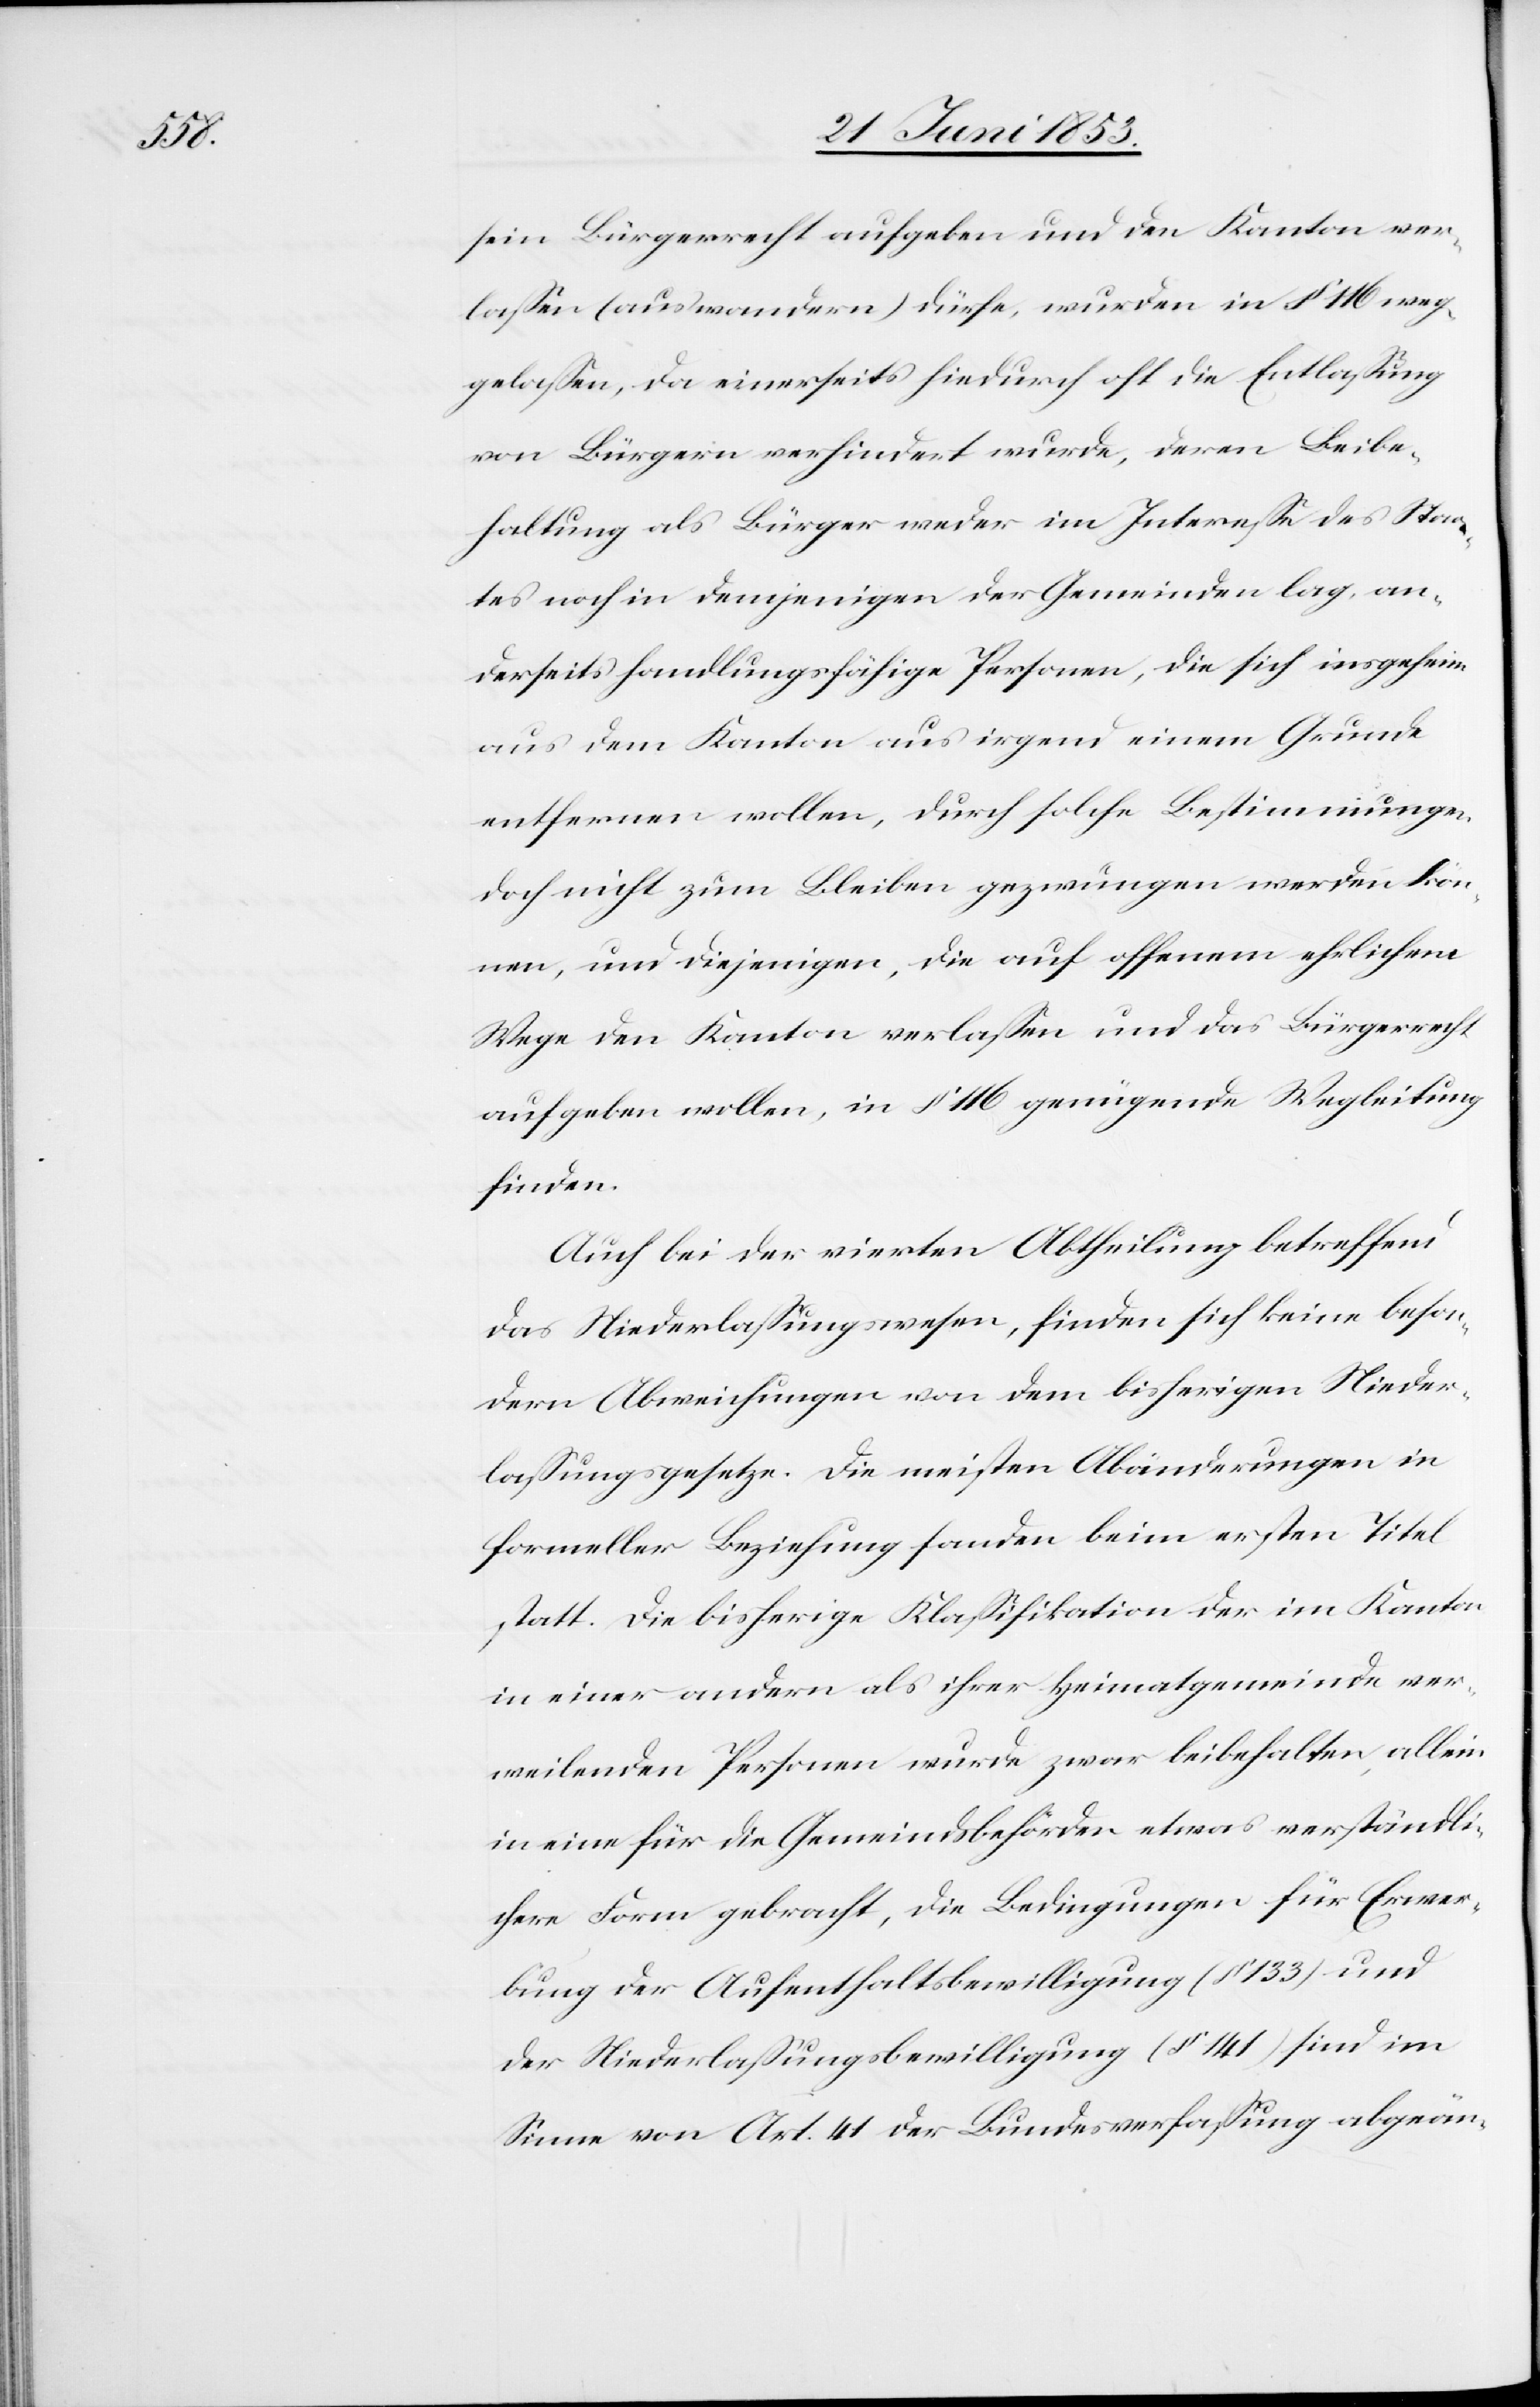
sein Bürgerrecht aufgeben und den Kanton ver¬
laßen (auswandern) dürfe, wurden in § 146 weg¬
gelaßen, da einerseits hiedurch oft die Entlaßung
von Bürgern verhindert wurde, deren Beibe¬
haltung als Bürger weder im Intereße des Staa¬
tes noch in demjenigen der Gemeinden lag, an¬
derseits handlungsfähige Personen, die sich insgeheim
aus dem Kanton aus irgend einem Grunde
entfernen wollen, durch solche Bestimmungen
doch nicht zum Bleiben gezwungen werden kön¬
nen, und diejenigen, die auf offenem ehrlichem
Wege den Kanton verlaßen und das Bürgerrecht
aufgeben wollen, in § 116 genügende Wegleitung
finden.
Auch bei der vierten Abtheilung betreffend
das Niederlaßungswesen, finden sich keine beson¬
dern Abweichungen von dem bisherigen Nieder¬
laßungsgesetze. Die meisten Abänderungen in
formeller Beziehung fanden beim ersten Titel
statt. Die bisherige Klaßifikation der im Kanton
in einer andern als ihrer Heimatgemeinde ver¬
weilenden Personen wurde zwar beibehalten, allein
in eine für die Gemeindsbehörden etwas verständli¬
chere Form gebracht, die Bedingungen für Erwer¬
bung der Aufenthaltsbewilligung (§ 133) und
der Niederlaßungsbewilligung (§ 141) sind im
Sinne von Art. 41 der Bundesverfaßung abgeän-